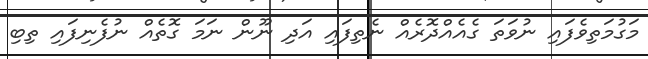
މަގުމަތިވެފައި ނުވަތަ ގެއެއްދޮރެއް ނެތިފައި އަދި ނޫން ނަމަ ގޮތެއް ނުފެނިފައި ތިބި